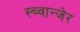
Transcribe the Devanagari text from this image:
स्च्वान्जेर